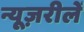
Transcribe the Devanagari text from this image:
न्यूज़रीलें